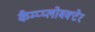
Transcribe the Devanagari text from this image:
कैम्प्य्लोबक्टेर